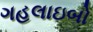
ગહલાઇબો